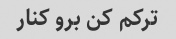
ترکم کن برو کنار